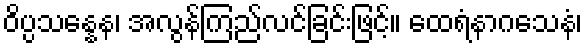
ဝိပ္ပသန္နေန၊ အလွန်ကြည်လင်ခြင်းဖြင့်။ ထေရံနာဂသေနံ၊